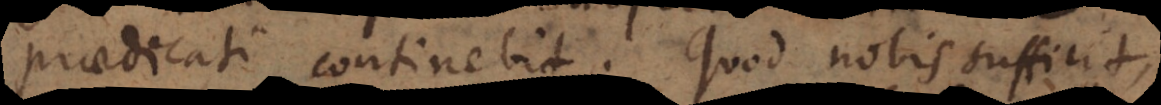
praedicati continebit. Quod nobis sufficit,